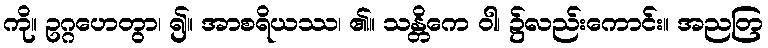
ကို။ ဥဂ္ဂဟေတွာ၊ ၍။ အာစရိယဿ၊ ၏။ သန္တိကေ ဝါ၊ ၌လည်းကောင်း။ အညတြ